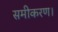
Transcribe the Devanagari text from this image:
समीकरण।